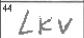
Transcription: LKV